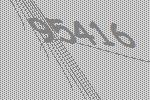
95416